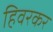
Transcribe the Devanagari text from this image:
हिवरकर